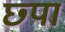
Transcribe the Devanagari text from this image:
छ्पा